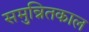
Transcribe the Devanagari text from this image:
समुन्नितकाल